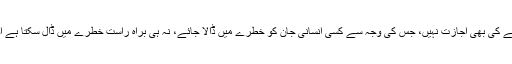
انسانی جان کی اہمیت کے پیش نظر ایسا کوئی عمل کرنے کی بھی اجازت نہیں، جس کی وجہ سے کسی انسانی جان کو خطرے میں ڈالا جائے، نہ ہی براہ راست خطرے میں ڈال سکتا ہے اور نہ ہی بالواسطہ اس کے لئے خطرات پیدا کرسکتاہے۔